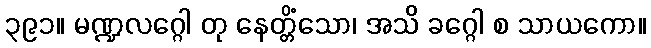
၃၉၁။ မဏ္ဍလဂ္ဂေါ တု နေတ္တိံသော၊ အသိ ခဂ္ဂေါ စ သာယကော။